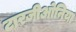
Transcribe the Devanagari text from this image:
टारजीओनिया